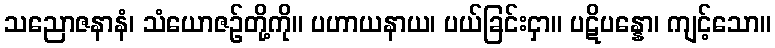
သညောဇနာနံ၊ သံယောဇဉ်တို့ကို။ ပဟာယနာယ၊ ပယ်ခြင်းငှာ။ ပဋိပန္နော၊ ကျင့်သော။